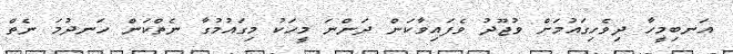
އަނބިމީހާ ދިވެހިގައުމަށް ވުޖޫދު ވެފައިވާކަން ދަންނަ މީހަކު މިގައުމުގާ ނެތްކަން ހަނދުމަ ނެތް